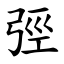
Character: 弳